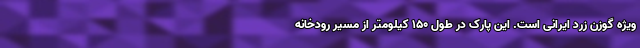
ویژه گوزن زرد ایرانی است. این پارک در طول ۱۵۰ کیلومتر از مسیر رودخانه